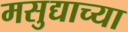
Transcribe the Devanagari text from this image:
मसुद्याच्या